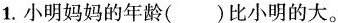
1.小明妈妈的年龄( )比小明的大。